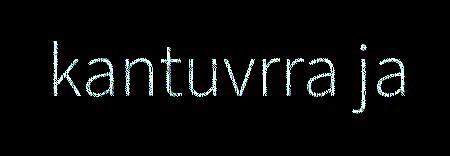
kantuvrra ja